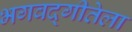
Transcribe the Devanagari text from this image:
भगवद्गीतेला